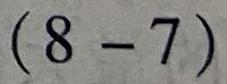
$(8 - 7)$